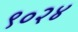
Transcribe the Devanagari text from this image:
९०२४